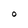
Character: O